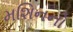
મશિનનો